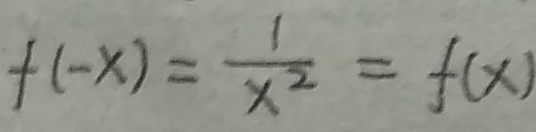
f ( - x ) = \frac { 1 } { x ^ { 2 } } = f ( x )